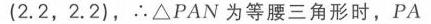
(1)$\frac{x + 2}{x - 2}=\frac{3}{x - 2}$与$x+ = 3$
(2)$\frac{x + 2}{x - 2}=\frac{4}{x - 2}$与$x + 2 = 4$
(3)$x + 2+\frac{1}{x - 1}=3+\frac{1}{x - 1}$与$x + 2 = 3$
(4)$\frac{7}{x^{2}+x}+\frac{1}{x^{2}-x}=\frac{6}{x^{2}-1}$与$2x = 6$